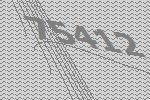
75412